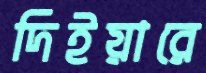
দিইয়ারে